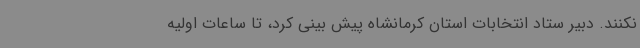
نکنند. دبیر ستاد انتخابات استان کرمانشاه پیش بینی کرد، تا ساعات اولیه